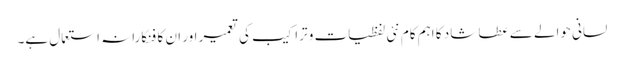
لسانی حوالے سے عطا شاد کا اہم کام نئی لفظیات و تراکیب کی تعمیر اور ان کا فنکارانہ استعمال ہے۔